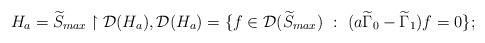
LaTeX: \begin{align*}H_a=\widetilde{S}_{max}\upharpoonright\mathcal{D}(H_a), \mathcal{D}(H_a)=\{f\in\mathcal{D}(\widetilde{S}_{max}) \ : \ (a\widetilde{\Gamma}_0-\widetilde{\Gamma}_1)f=0\};\end{align*}